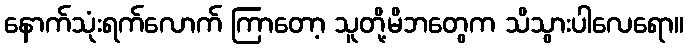
နောက်သုံးရက်လောက် ကြာတော့ သူတို့မိဘတွေက သိသွားပါလေရော။